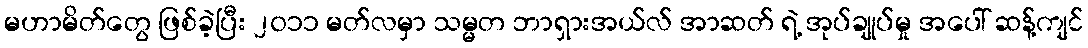
မဟာမိတ်တွေ ဖြစ်ခဲ့ပြီး ၂၀၁၁ မတ်လမှာ သမ္မတ ဘာရှားအယ်လ် အာဆတ် ရဲ့ အုပ်ချုပ်မှု အပေါ် ဆန့်ကျင်